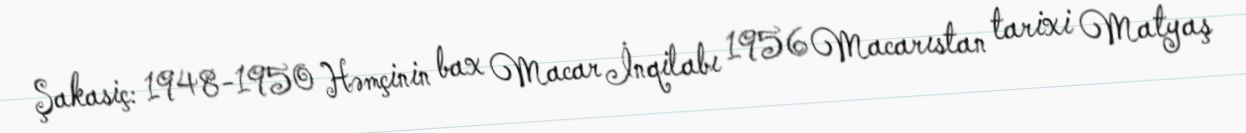
Şakasiç: 1948-1950 Həmçinin bax Macar İnqilabı 1956 Macarıstan tarixi Matyaş